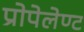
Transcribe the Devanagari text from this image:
प्रोपेलेण्ट